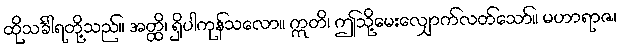
ထိုသင်္ခါရတို့သည်။ အတ္ထိ၊ ရှိပါကုန်သလော။ ဣတိ၊ ဤသို့မေးလျှောက်လတ်သော်။ မဟာရာဇ၊